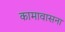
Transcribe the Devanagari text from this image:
कामावासना